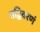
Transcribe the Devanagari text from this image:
तद्विवरणं